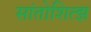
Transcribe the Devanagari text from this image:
सांतोशित्झ